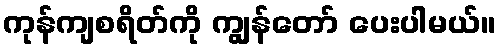
ကုန်ကျစရိတ်ကို ကျွန်တော် ပေးပါမယ်။